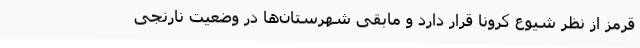
قرمز از نظر شیوع کرونا قرار دارد و مابقی شهرستان‌ها در وضعیت نارنجی